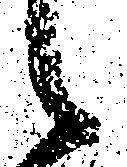
候